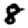
Digit: 8